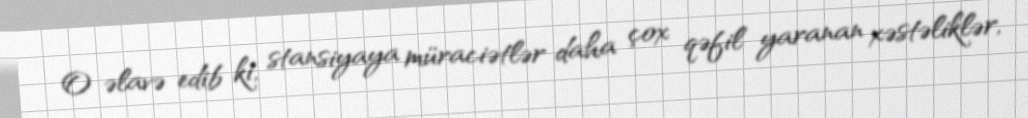
O əlavə edib ki, stansiyaya müraciətlər daha çox qəfil yaranan xəstəliklər,